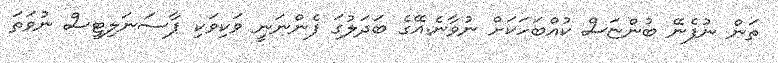
ތަން ނުފެނޭ ބުންޏަސް ކުއްބަހަކަށް ނުވާނެ.އޭގެ ބަދަލުގަ ފެންނަނީ ވަކިވަކި ޕާސަނަލިޓީސް ނުވަތަ